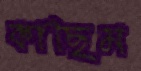
কাছিম